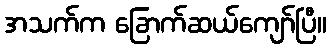
အသက်က ခြောက်ဆယ်ကျော်ပြီ။